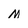
Character: M